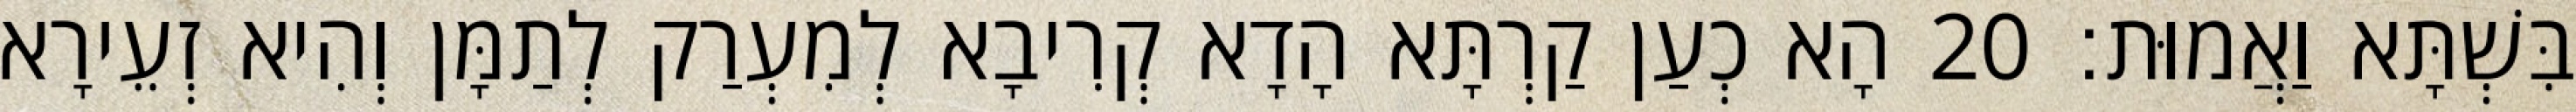
בִּשְׁתָּא וַאֲמוּת׃ 20 הָא כְעַן קַרְתָּא הָדָא קְרִיבָא לְמִעְרַק לְתַמָּן וְהִיא זְעֵירָא